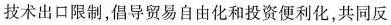
技术出口限制，倡导贸易自由化和投资便利化，共同反